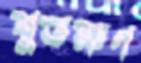
শুভক্ষণ